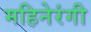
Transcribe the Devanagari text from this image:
महिनेरंगी